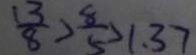
\frac { 1 3 } { 8 } > \frac { 8 } { 5 } > 1 . 3 7